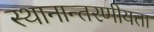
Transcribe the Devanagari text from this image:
स्थानान्तरणीयता